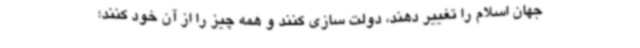
جهان اسلام را تغییر دهند، دولت سازی کنند و همه چیز را از آن خود کنند؛